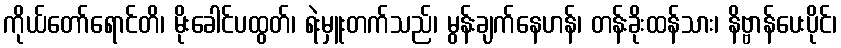
ကိုယ်တော်ရောင်တိ၊ မိုးခေါင်ပထွတ်၊ ရဲးမှူးတက်သည်၊ မွန်းချက်နေဟန်၊ တန်းခိုးထန်သား၊ နိဗ္ဗာန်ပေးပိုင်၊